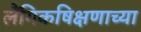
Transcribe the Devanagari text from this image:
लैंगिकषिक्षणाच्या